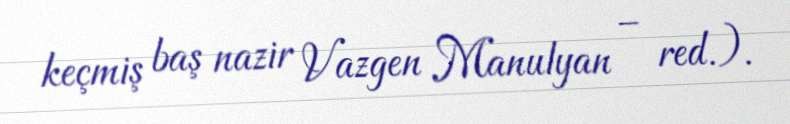
keçmiş baş nazir Vazgen Manulyan – red.).